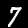
Digit: 7